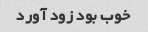
خوب بود زود آورد